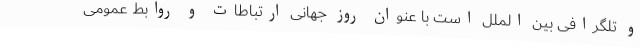
و تلگرافی بین الملل است با عنوان روز جهانی ارتباطات و روابط عمومی